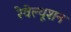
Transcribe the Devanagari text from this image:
रेवेल्यूशन